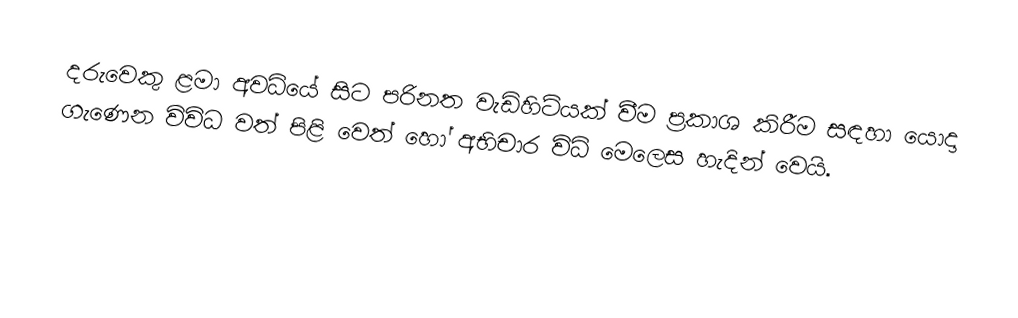
දරුවෙකු ළමා අවධියේ සිට පරිනත වැඩිහිටියක් වීම ප්‍රකාශ කිරීම සඳහා යොදා ගැණෙන විවිධ වත් පිළි වෙත් හෝ අභිචාර විධි මෙලෙස හැදින් වෙයි.